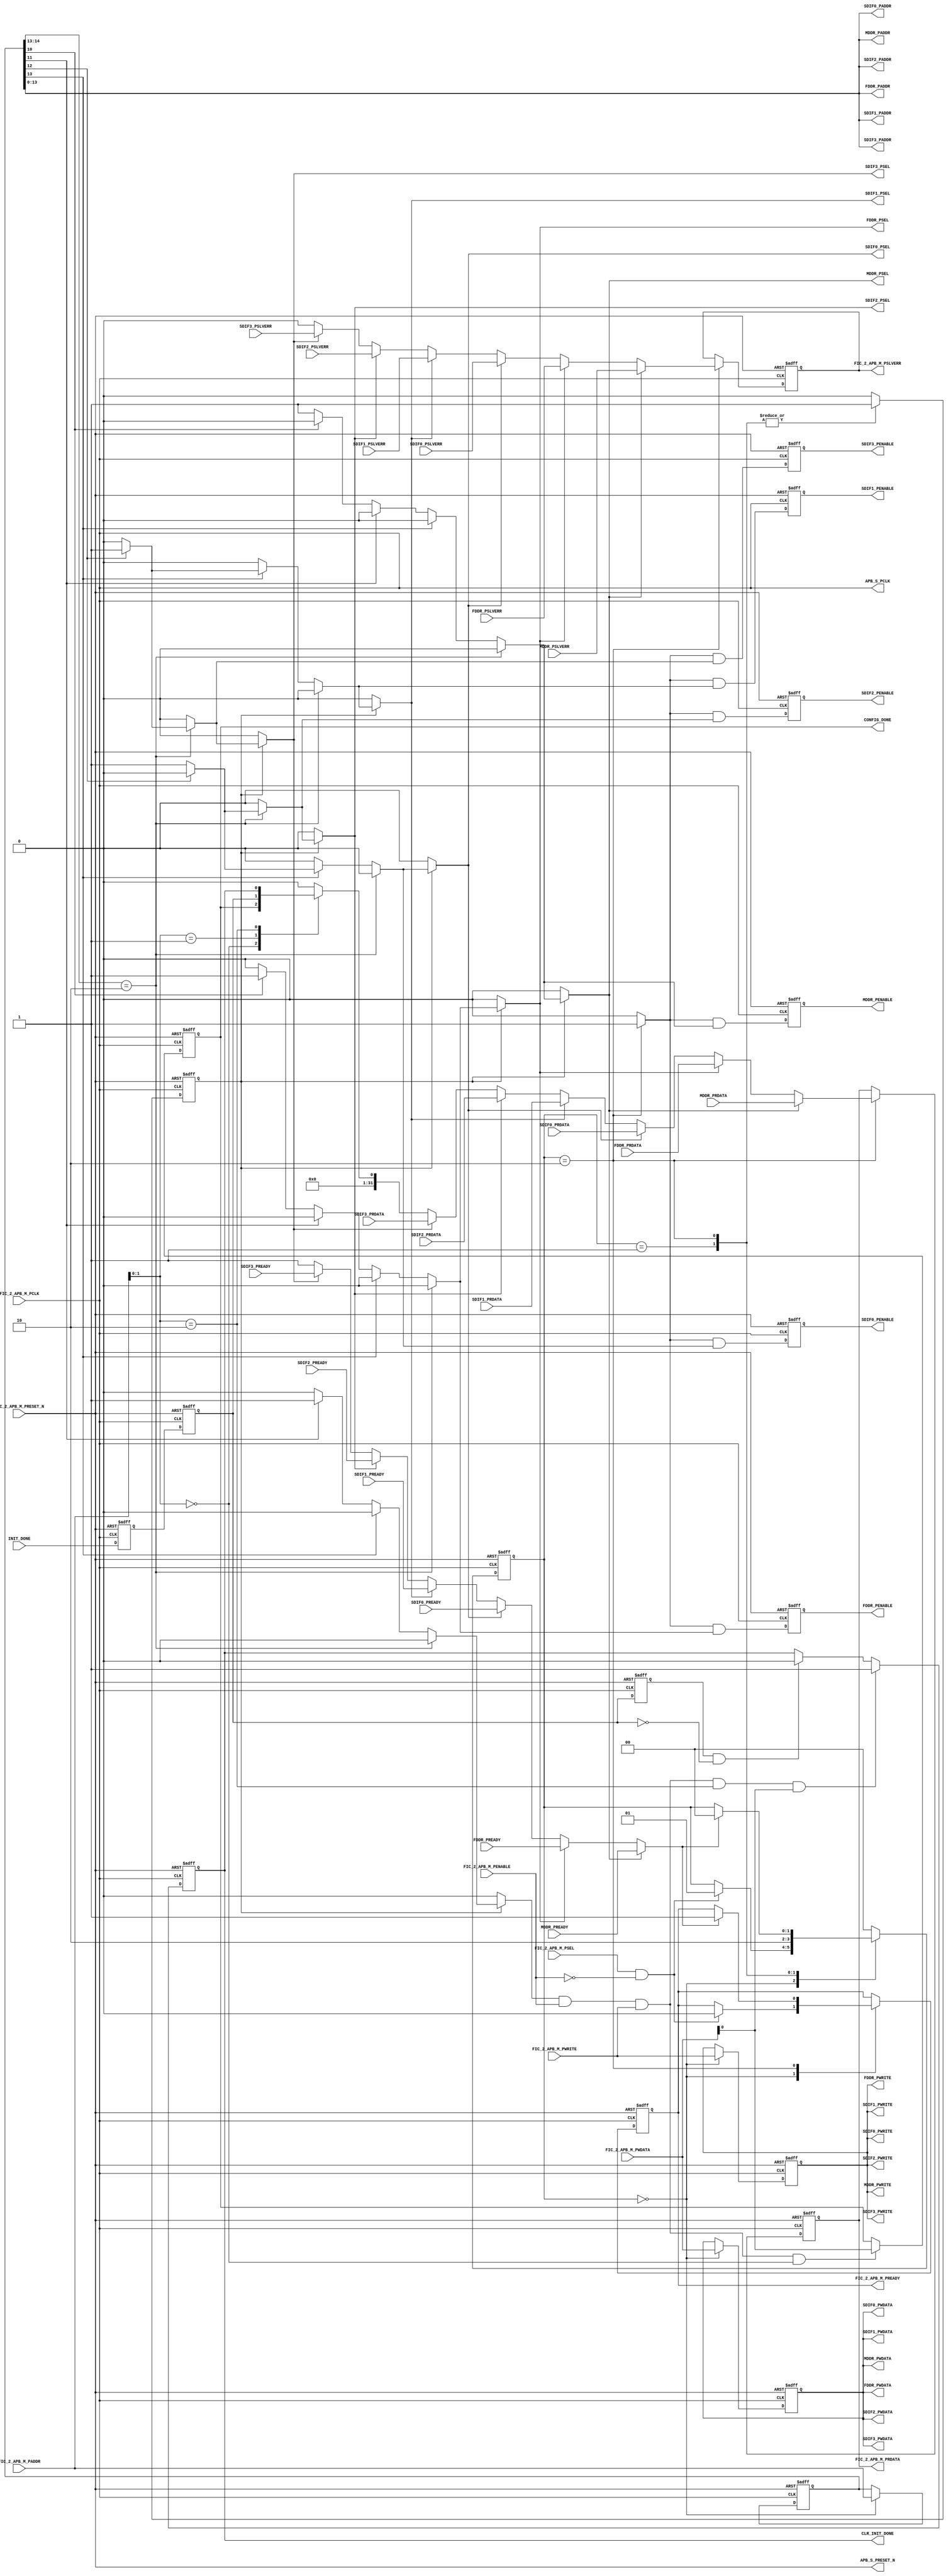
// ***********************************************************************/
// Microsemi Corporation Proprietary and Confidential
// Copyright 2012 Microsemi Corporation.  All rights reserved.
//
// ANY USE OR REDISTRIBUTION IN PART OR IN WHOLE MUST BE HANDLED IN
// ACCORDANCE WITH THE ACTEL LICENSE AGREEMENT AND MUST BE APPROVED
// IN ADVANCE IN WRITING.
//
// Description:	CoreSF2Config
//				Soft IP core for facilitating configuration of peripheral
//              blocks (MDDR, FDDR, SERDESIF) on a SmartFusion2 device.
//
// SVN Revision Information:
// SVN $Revision: 20291 $
// SVN $Date: 2013-04-26 11:31:52 -0700 (Fri, 26 Apr 2013) $
//
// Notes:
//
// ***********************************************************************/

module CoreSF2Config (
    // APB_2 interface from MSS
    input               FIC_2_APB_M_PRESET_N,
    input               FIC_2_APB_M_PCLK,
    input               FIC_2_APB_M_PSEL,
    input               FIC_2_APB_M_PENABLE,
    input               FIC_2_APB_M_PWRITE,
    input        [16:2] FIC_2_APB_M_PADDR,
    input        [31:0] FIC_2_APB_M_PWDATA,
    output  reg  [31:0] FIC_2_APB_M_PRDATA,
    output  reg         FIC_2_APB_M_PREADY,
    output  reg         FIC_2_APB_M_PSLVERR,
    // Clock and reset to slaves
    output  reg         APB_S_PCLK,
    output  reg         APB_S_PRESET_N,
    // MDDR
    output  reg         MDDR_PSEL,
    output  reg         MDDR_PENABLE,
    output  reg         MDDR_PWRITE,
    output  reg  [15:2] MDDR_PADDR,
    output  reg  [31:0] MDDR_PWDATA,
    input        [31:0] MDDR_PRDATA,
    input               MDDR_PREADY,
    input               MDDR_PSLVERR,
    // FDDR
    output  reg         FDDR_PSEL,
    output  reg         FDDR_PENABLE,
    output  reg         FDDR_PWRITE,
    output  reg  [15:2] FDDR_PADDR,
    output  reg  [31:0] FDDR_PWDATA,
    input        [31:0] FDDR_PRDATA,
    input               FDDR_PREADY,
    input               FDDR_PSLVERR,
    // SERDESIF_0
    output  reg         SDIF0_PSEL,
    output  reg         SDIF0_PENABLE,
    output  reg         SDIF0_PWRITE,
    output  reg  [15:2] SDIF0_PADDR,
    output  reg  [31:0] SDIF0_PWDATA,
    input        [31:0] SDIF0_PRDATA,
    input               SDIF0_PREADY,
    input               SDIF0_PSLVERR,
    // SERDESIF_1
    output  reg         SDIF1_PSEL,
    output  reg         SDIF1_PENABLE,
    output  reg         SDIF1_PWRITE,
    output  reg  [15:2] SDIF1_PADDR,
    output  reg  [31:0] SDIF1_PWDATA,
    input        [31:0] SDIF1_PRDATA,
    input               SDIF1_PREADY,
    input               SDIF1_PSLVERR,
    // SERDESIF_2
    output  reg         SDIF2_PSEL,
    output  reg         SDIF2_PENABLE,
    output  reg         SDIF2_PWRITE,
    output  reg  [15:2] SDIF2_PADDR,
    output  reg  [31:0] SDIF2_PWDATA,
    input        [31:0] SDIF2_PRDATA,
    input               SDIF2_PREADY,
    input               SDIF2_PSLVERR,
    // SERDESIF_3
    output  reg         SDIF3_PSEL,
    output  reg         SDIF3_PENABLE,
    output  reg         SDIF3_PWRITE,
    output  reg  [15:2] SDIF3_PADDR,
    output  reg  [31:0] SDIF3_PWDATA,
    input        [31:0] SDIF3_PRDATA,
    input               SDIF3_PREADY,
    input               SDIF3_PSLVERR,

    output  reg         CONFIG_DONE,
    input               INIT_DONE,
    output  reg         CLR_INIT_DONE
    );

    parameter FAMILY = 19;

    // Parameters for state machine states
    localparam          S0 = 2'b00;
    localparam          S1 = 2'b01;
    localparam          S2 = 2'b10;

    reg          [1:0]  state;
    reg          [1:0]  next_state;
    reg                 next_FIC_2_APB_M_PREADY;
    reg                 psel;
    reg                 d_psel;
    reg                 d_penable;
    reg                 pready;
    reg                 pslverr;
    reg         [31:0]  prdata;
    reg         [31:0]  int_prdata;
    reg                 int_psel;
    reg                 control_reg_1;
    reg                 control_reg_2;
    reg         [16:2]  paddr;
    reg         [31:0]  pwdata;
    reg                 pwrite;
    reg                 mddr_sel;
    reg                 fddr_sel;
    reg                 sdif0_sel;
    reg                 sdif1_sel;
    reg                 sdif2_sel;
    reg                 sdif3_sel;
    reg                 int_sel;
    reg                 INIT_DONE_q1;
    reg                 INIT_DONE_q2;
    reg                 INIT_DONE_q3;

    //---------------------------------------------------------------------
    // Drive APB_S_PCLK signal to slaves.
    //---------------------------------------------------------------------
    always @(*)
    begin
        APB_S_PCLK = FIC_2_APB_M_PCLK;
    end

    //---------------------------------------------------------------------
    // Drive APB_S_PRESET_N signal to slaves.
    //---------------------------------------------------------------------
    always @(*)
    begin
        APB_S_PRESET_N = FIC_2_APB_M_PRESET_N;
    end

    //---------------------------------------------------------------------
    // PADDR, PWRITE and PWDATA from master registered before passing on to
    // slaves.
    //---------------------------------------------------------------------
    always @(posedge FIC_2_APB_M_PCLK or negedge FIC_2_APB_M_PRESET_N)
    begin
        if (!FIC_2_APB_M_PRESET_N)
        begin
            paddr  <= 15'b0;
            pwrite <= 1'b0;
            pwdata <= 32'b0;
        end
        else
        begin
            if (state == S0)
            begin
                paddr  <= FIC_2_APB_M_PADDR;
                pwrite <= FIC_2_APB_M_PWRITE;
                pwdata <= FIC_2_APB_M_PWDATA;
            end
        end
    end

    always @(*)
    begin
        MDDR_PADDR   = paddr[15:2];
        FDDR_PADDR   = paddr[15:2];
        SDIF0_PADDR  = paddr[15:2];
        SDIF1_PADDR  = paddr[15:2];
        SDIF2_PADDR  = paddr[15:2];
        SDIF3_PADDR  = paddr[15:2];
        MDDR_PWRITE  = pwrite;
        FDDR_PWRITE  = pwrite;
        SDIF0_PWRITE = pwrite;
        SDIF1_PWRITE = pwrite;
        SDIF2_PWRITE = pwrite;
        SDIF3_PWRITE = pwrite;
        MDDR_PWDATA  = pwdata;
        FDDR_PWDATA  = pwdata;
        SDIF0_PWDATA = pwdata;
        SDIF1_PWDATA = pwdata;
        SDIF2_PWDATA = pwdata;
        SDIF3_PWDATA = pwdata;
    end

    //---------------------------------------------------------------------
    // Decode master address to produce slave selects
    //---------------------------------------------------------------------


    //                                          111111     111111
    //                                          54321098   54321098
    // -------------------------------------------------------------
    // MDDR         0x40020000 - 0x40020FFF     00000000 - 00001111
    // FDDR         0x40021000 - 0x40021FFF     00010000 - 00011111
    // Internal     0x40022000 - 0x40023FFF     00100000 - 00111111
    // (Unused)     0x40024000 - 0x40027FFF     01000000 - 01111111
    // SERDESIF_0   0x40028000 - 0x4002BFFF     10000000 - 10111111
    // SERDESIF_1   0x4002C000 - 0x4002FFFF     11000000 - 11111111
    //
    // SERDES 2 and 3 will be present in future, larger devices.
    // An extra address bit (FIC_2_APB_M_PADDR[16]) will be brought
    // into this block in that case so that these additional two
    // SERDES blocks will appear at the following locations in the
    // system address map:
    //
    // SERDESIF_2   0x40030000 - 0x40033FFF    100000000 -100111111
    // SERDESIF_3   0x40034000 - 0x40037FFF    101000000 -101111111
    //
    // Note: System registers (not particular to this block) begin
    //       at address 0x40038000 in the system memory map.
    //
    // Note: Aliases of MDDR, FDDR and internal registers will appear
    //       in the address space labelled Unused above.
    // -------------------------------------------------------------
    always @(*)
    begin
        mddr_sel  = 1'b0;
        fddr_sel  = 1'b0;
        int_sel   = 1'b0;
        sdif0_sel = 1'b0;
        sdif1_sel = 1'b0;
        sdif2_sel = 1'b0;
        sdif3_sel = 1'b0;
        if (paddr[16:15] == 2'b10)
        begin
            if (paddr[14] == 1'b1)
                sdif3_sel = 1'b1;
            else
                sdif2_sel = 1'b1;
        end
        else
        begin
            if (paddr[15] == 1'b1)
            begin
                if (paddr[14] == 1'b1)
                    sdif1_sel = 1'b1;
                else
                    sdif0_sel = 1'b1;
            end
            else
            begin
                if (paddr[13] == 1'b1)
                    int_sel = 1'b1;
                else
                    if (paddr[12] == 1'b1)
                        fddr_sel = 1'b1;
                    else
                        mddr_sel = 1'b1;
            end
        end
    end

    always @(*)
    begin
        if (psel)
        begin
            MDDR_PSEL  = mddr_sel;
            FDDR_PSEL  = fddr_sel;
            SDIF0_PSEL = sdif0_sel;
            SDIF1_PSEL = sdif1_sel;
            SDIF2_PSEL = sdif2_sel;
            SDIF3_PSEL = sdif3_sel;
            int_psel   = int_sel;
        end
        else
        begin
            MDDR_PSEL  = 1'b0;
            FDDR_PSEL  = 1'b0;
            SDIF0_PSEL = 1'b0;
            SDIF1_PSEL = 1'b0;
            SDIF2_PSEL = 1'b0;
            SDIF3_PSEL = 1'b0;
            int_psel   = 1'b0;
        end
    end

    //---------------------------------------------------------------------
    // State machine
    //---------------------------------------------------------------------
    always @(*)
    begin
        next_state = state;
        next_FIC_2_APB_M_PREADY = FIC_2_APB_M_PREADY;
        d_psel = 1'b0;
        d_penable = 1'b0;
        case (state)
            S0:
            begin
                if (FIC_2_APB_M_PSEL && !FIC_2_APB_M_PENABLE)
                begin
                    next_state = S1;
                    next_FIC_2_APB_M_PREADY = 1'b0;
                end
            end
            S1:
            begin
                next_state = S2;
                d_psel = 1'b1;
            end
            S2:
            begin
                d_psel = 1'b1;
                d_penable = 1'b1;
                if (pready)
                begin
                    next_FIC_2_APB_M_PREADY = 1'b1;
                    next_state = S0;
                end
            end
            default:
            begin
                next_state = S0;
            end
        endcase
    end

    always @(posedge FIC_2_APB_M_PCLK or negedge FIC_2_APB_M_PRESET_N)
    begin
        if (!FIC_2_APB_M_PRESET_N)
        begin
            state <= S0;
            FIC_2_APB_M_PREADY <= 1'b1;
        end
        else
        begin
            state <= next_state;
            FIC_2_APB_M_PREADY <= next_FIC_2_APB_M_PREADY;
        end
    end

    always @(negedge FIC_2_APB_M_PCLK or negedge FIC_2_APB_M_PRESET_N)
    begin
        if (!FIC_2_APB_M_PRESET_N)
        begin
            psel <= 1'b0;
            MDDR_PENABLE  <= 1'b0;
            FDDR_PENABLE  <= 1'b0;
            SDIF0_PENABLE <= 1'b0;
            SDIF1_PENABLE <= 1'b0;
            SDIF2_PENABLE <= 1'b0;
            SDIF3_PENABLE <= 1'b0;
        end
        else
        begin
            psel <= d_psel;
            MDDR_PENABLE  <= d_penable && mddr_sel;
            FDDR_PENABLE  <= d_penable && fddr_sel;
            SDIF0_PENABLE <= d_penable && sdif0_sel;
            SDIF1_PENABLE <= d_penable && sdif1_sel;
            SDIF2_PENABLE <= d_penable && sdif2_sel;
            SDIF3_PENABLE <= d_penable && sdif3_sel;
        end
    end
    //---------------------------------------------------------------------

    //---------------------------------------------------------------------
    // Mux signals from slaves.
    //---------------------------------------------------------------------
    always @(*)
    begin
        casez ({MDDR_PSEL,FDDR_PSEL,SDIF0_PSEL,SDIF1_PSEL,SDIF2_PSEL,SDIF3_PSEL,int_psel})
            7'b1??????:
            begin
                prdata  = MDDR_PRDATA;
                pslverr = MDDR_PSLVERR;
                pready  = MDDR_PREADY;
            end
            7'b?1?????:
            begin
                prdata  = FDDR_PRDATA;
                pslverr = FDDR_PSLVERR;
                pready  = FDDR_PREADY;
            end
            7'b??1????:
            begin
                prdata  = SDIF0_PRDATA;
                pslverr = SDIF0_PSLVERR;
                pready  = SDIF0_PREADY;
            end
            7'b???1???:
            begin
                prdata  = SDIF1_PRDATA;
                pslverr = SDIF1_PSLVERR;
                pready  = SDIF1_PREADY;
            end
            7'b????1??:
            begin
                prdata  = SDIF2_PRDATA;
                pslverr = SDIF2_PSLVERR;
                pready  = SDIF2_PREADY;
            end
            7'b?????1?:
            begin
                prdata  = SDIF3_PRDATA;
                pslverr = SDIF3_PSLVERR;
                pready  = SDIF3_PREADY;
            end
            7'b??????1:
            begin
                prdata  = int_prdata;
                pslverr = 1'b0;
                pready  = 1'b1;
            end
            default:
            begin
                prdata  = int_prdata;
                pslverr = 1'b0;
                pready  = 1'b1;
            end
        endcase
    end

    //---------------------------------------------------------------------
    // Register read data from slaves.
    //---------------------------------------------------------------------
    always @(posedge FIC_2_APB_M_PCLK or negedge FIC_2_APB_M_PRESET_N)
    begin
        if (!FIC_2_APB_M_PRESET_N)
        begin
            FIC_2_APB_M_PRDATA   <= 32'b0;
            FIC_2_APB_M_PSLVERR  <= 1'b0;
        end
        else
        begin
            if (state == S2)
            begin
                FIC_2_APB_M_PRDATA   <= prdata;
                FIC_2_APB_M_PSLVERR  <= pslverr;
            end
        end
    end

    //---------------------------------------------------------------------
    // Synchronize INIT_DONE input to FIC_2_APB_M_PCLK domain.
    //---------------------------------------------------------------------
    always @(posedge FIC_2_APB_M_PCLK or negedge FIC_2_APB_M_PRESET_N)
    begin
        if (!FIC_2_APB_M_PRESET_N)
        begin
            INIT_DONE_q1 <= 1'b0;
            INIT_DONE_q2 <= 1'b0;
            INIT_DONE_q3 <= 1'b0;
        end
        else
        begin
            INIT_DONE_q1 <= INIT_DONE;
            INIT_DONE_q2 <= INIT_DONE_q1;
            INIT_DONE_q3 <= INIT_DONE_q2;
        end
    end

    //---------------------------------------------------------------------
    // Internal registers
    //---------------------------------------------------------------------
    // Control register 1
    //    [0] = CONFIG_DONE
    always @(posedge FIC_2_APB_M_PCLK or negedge FIC_2_APB_M_PRESET_N)
    begin
        if (!FIC_2_APB_M_PRESET_N)
        begin
            control_reg_1 <= 1'b0;
        end
        else
        begin
            if (int_psel && FIC_2_APB_M_PENABLE && FIC_2_APB_M_PWRITE
                && (FIC_2_APB_M_PADDR[3:2] == 2'b00)
            )
            begin
                control_reg_1 <= FIC_2_APB_M_PWDATA[0];
            end
        end
    end
    always @(*)
    begin
        CONFIG_DONE = control_reg_1;
    end

    // Control register 2
    //    [0] = Write '1' to clear INIT_DONE status bit
    always @(posedge FIC_2_APB_M_PCLK or negedge FIC_2_APB_M_PRESET_N)
    begin
        if (!FIC_2_APB_M_PRESET_N)
        begin
            control_reg_2 <= 1'b0;
        end
        else
        begin
            if (int_psel && FIC_2_APB_M_PENABLE && FIC_2_APB_M_PWRITE
                && (FIC_2_APB_M_PADDR[3:2] == 2'b10)
                && (FIC_2_APB_M_PWDATA[0] == 1'b1)
            )
            begin
                control_reg_2 <= 1'b1;
            end
            else
            begin
                // Clear CLR_INIT_DONE bit when a falling edge is observed
                // on INIT_DONE input.
                if (INIT_DONE_q3 && !INIT_DONE_q2)
                begin
                    control_reg_2 <= 1'b0;
                end
            end
        end
    end
    always @(*)
    begin
        CLR_INIT_DONE = control_reg_2;
    end

    // Read data from internal registers
    always @(*)
    begin
        case (FIC_2_APB_M_PADDR[3:2])
            2'b00: int_prdata = {31'b0, control_reg_1}; // CTRL_REG_1
            2'b01: int_prdata = {31'b0, INIT_DONE_q2};  // STATUS_REG
            2'b10: int_prdata = {31'b0, control_reg_2}; // CTRL_REG_2
            default: int_prdata = 32'b0;
        endcase
    end

endmodule